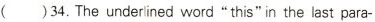
( )34.The underined word”this”in the last para-